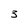
Character: 3